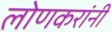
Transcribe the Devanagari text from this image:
लोणकरांनी